Papers set at the Examination for Leaving Certificates, 1895
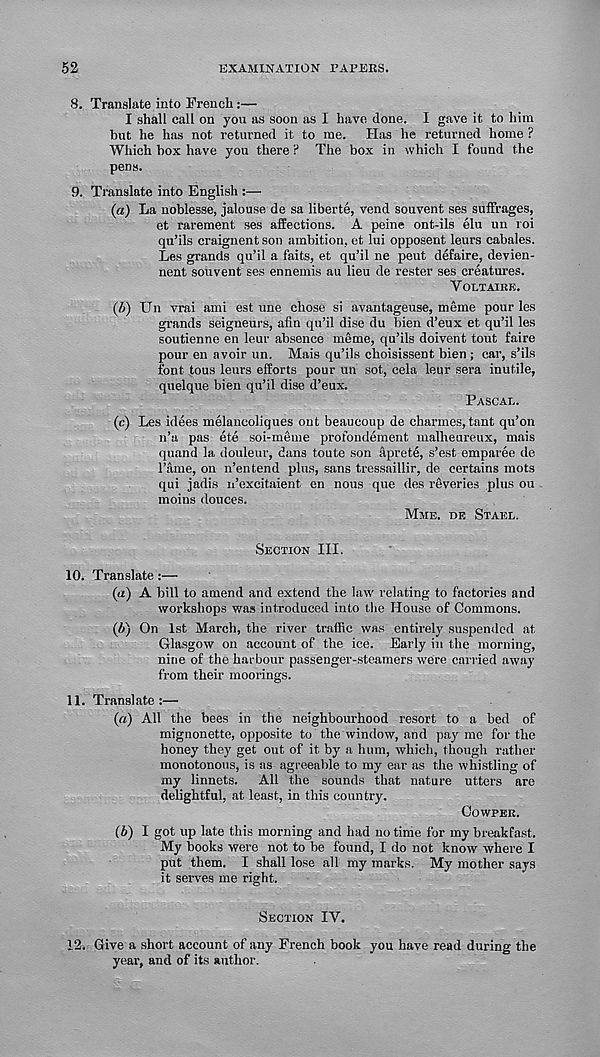
52
EXAMINATION PAPERS.
8. Translate into Trench:—
I shall call on you as soon as I have done. I gave it to him
but he has not returned it to me. Has he returned home ?
Which box have you there ? The box in which I found the
pens.
9. Translate into English :—
(a) La noblesse, jalouse de sa liberte, vend souvent ses suffrages,
et rarement ses affections. A peine ont-ils elu un roi
qu’ils craignent son ambition, et lui opposent leurs cabales.
Les grands qu’il a faits, et qu’il ne peut defaire, devien-
nent souvent ses ennemis au lieu de rester ses creatures.
Voltaire.
(l>) Un vrai ami est une chose si avantageuse, meme pour les
grands seigneurs, afin qu’il dise du bien d’eux et qu’il les
soutienne en leur absence meme, qu’ils doivent tout faire
pour en avoir un. Mais qu’ils choisissent bien ; car, s’ils
font tous leurs efforts pour un sot, cela leur sera inutile,
quelque bien qu’il dise d’eux.
Pascal.
(c) Les idees melancoliques ont beaucoup de charmes, tant qu’on
n’u pas ete soi-meme profondement malheureux, mais
quand la douleur, dans toute son aprete, s’est emparee de
Tame, on n’entend plus, sans tressaillir, de certains mots
qui jadis n’excitaient en nous que des reveries plus ou
moins douces.
Mme. de Stael.
Section III.
10. Translate:—
(a) A bill to amend and extend the law relating to factories and
workshops was introduced into the House of Commons.
(b) On 1st March, the river traffic was entirely suspended at
Glasgow on account of the ice. Early in the morning,
nine of the harbour passenger-steamers were carried away
from their moorings.
11. Translate:—
(a) All the bees in the neighbourhood resort to a bed of
mignonette, opposite to the window, and pay me for the
honey they get out of it by a hum, which, though rather
monotonous, is as agreeable to my ear as the whistling of
my linnets. All the sounds that nature utters are
delightful, at least, in this country.
Cowper.
(b) I got up late this morning and had notinie for my breakfast.
My books were not to be found, I do not know where I
put them. I shall lose all my marks. My mother says
it serves me right.
Section IV.
12. Give a short account of any French book you have read during the
year, and of its author.